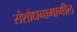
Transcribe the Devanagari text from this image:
संशोधनामागील